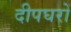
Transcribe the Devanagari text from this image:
दीपघरों